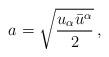
LaTeX: \begin{align*}a=\sqrt{\frac{u_\alpha\bar u^\alpha}2}\,,\end{align*}